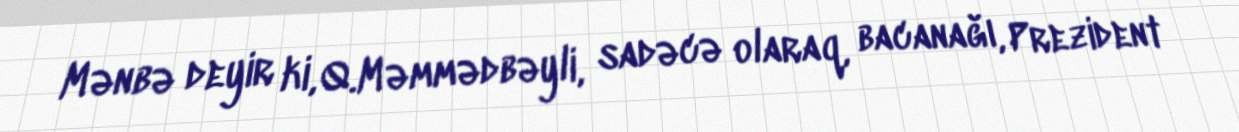
Mənbə deyir ki, Q.Məmmədbəyli, sadəcə olaraq, bacanağı, Prezident